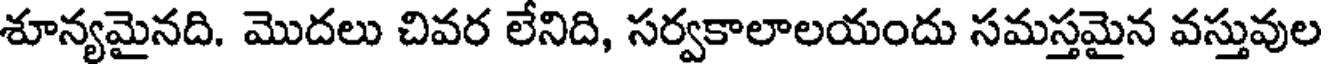
శూన్యమైనది. మొదలు చివర లేనిది, సర్వకాలాలయందు సమస్తమైన వస్తువుల